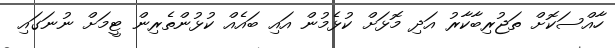
ހާއްސަކޮށް ތަޖުރިބާކާރު އަދި މޮޅަށް ކުޅެމުން އައި ބައެއް ކުޅުންތެރިން ޓީމަށް ނުނަގައި